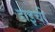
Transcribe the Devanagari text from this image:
डाइची